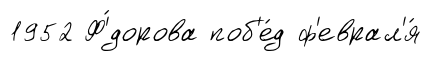
1952 Ф'́дорова поб'е́д ф'еврал'я́